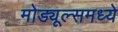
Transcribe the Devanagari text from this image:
मोड्यूल्समध्ये